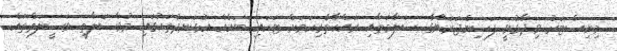
މިނިސްޓަރު ވިދާޅުވީ ފަސިންޖަރުންގެ ސަލާމަތާއި ރައްކާތެރިކަމަށް ޓަކައި ބައެއް އުޅަނދުތަކުގައި މުވާސަލާތީ ވަސީލަތްތައް